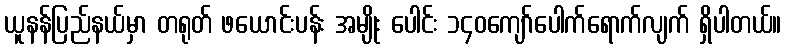
ယူနန်ပြည်နယ်မှာ တရုတ် ဖယောင်းပန်း အမျိုး ပေါင်း ၁၄၀ကျော်ပေါက်ရောက်လျက် ရှိပါတယ်။